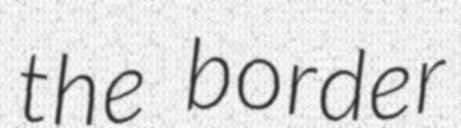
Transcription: the border